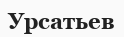
Урсатьев